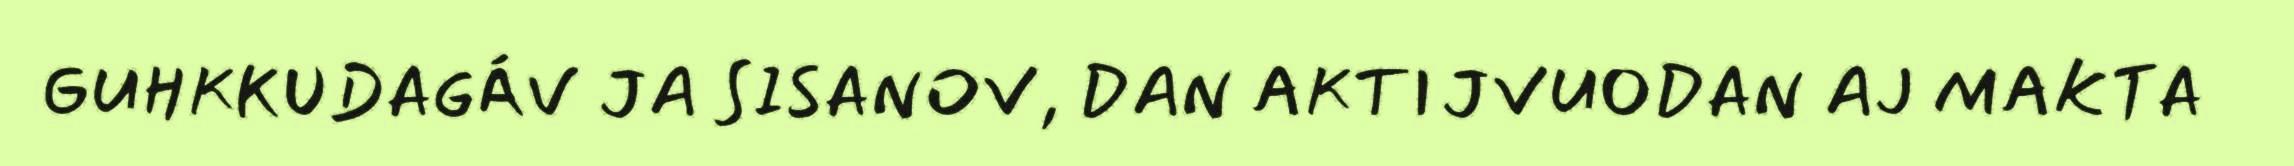
GUHKKUDAGÁV JA SISANOV, DAN AKTIJVUODAN AJ MAKTA